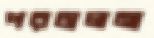
পরচালনা